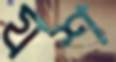
যশ